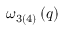
\omega _ { 3 ( 4 ) } \left( q \right)